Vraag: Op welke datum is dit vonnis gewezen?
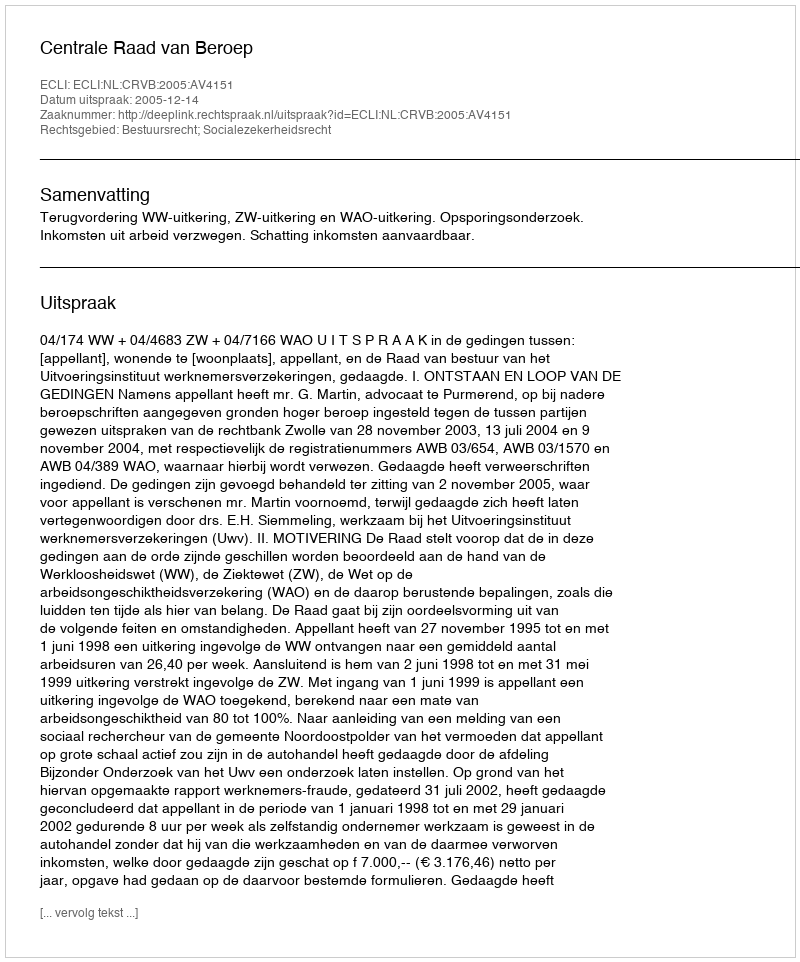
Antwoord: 2005-12-14